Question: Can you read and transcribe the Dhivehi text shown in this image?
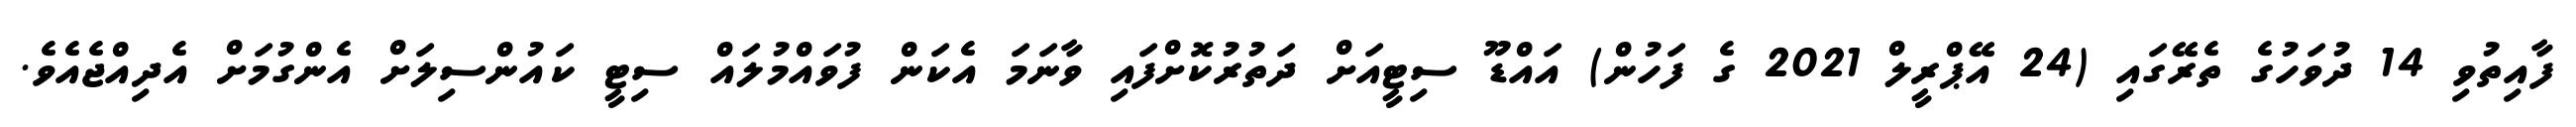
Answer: ފާއިތުވި 14 ދުވަހުގެ ތެރޭގައި (24 އޭޕްރީލް 2021 ގެ ފަހުން) އައްޑޫ ސިޓީއަށް ދަތުރުކޮށްފައި ވާނަމަ އެކަން ފުވައްމުލައް ސިޓީ ކައުންސިލަށް އެންގުމަށް އެދިއްޖެއެވެ.